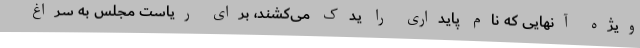
ویژه آنهایی که نام پایداری را یدک می‌کشند، برای ریاست مجلس به سراغ